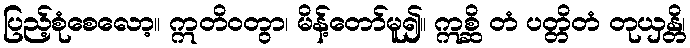
ပြည့်စုံစေလော့။ ဣတိဝတွာ၊ မိန့်တော်မူ၍။ ဣစ္ဆိ တံ ပတ္တိတံ တုယှန္တိ၊